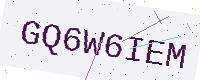
Text: GQ6W6IEM